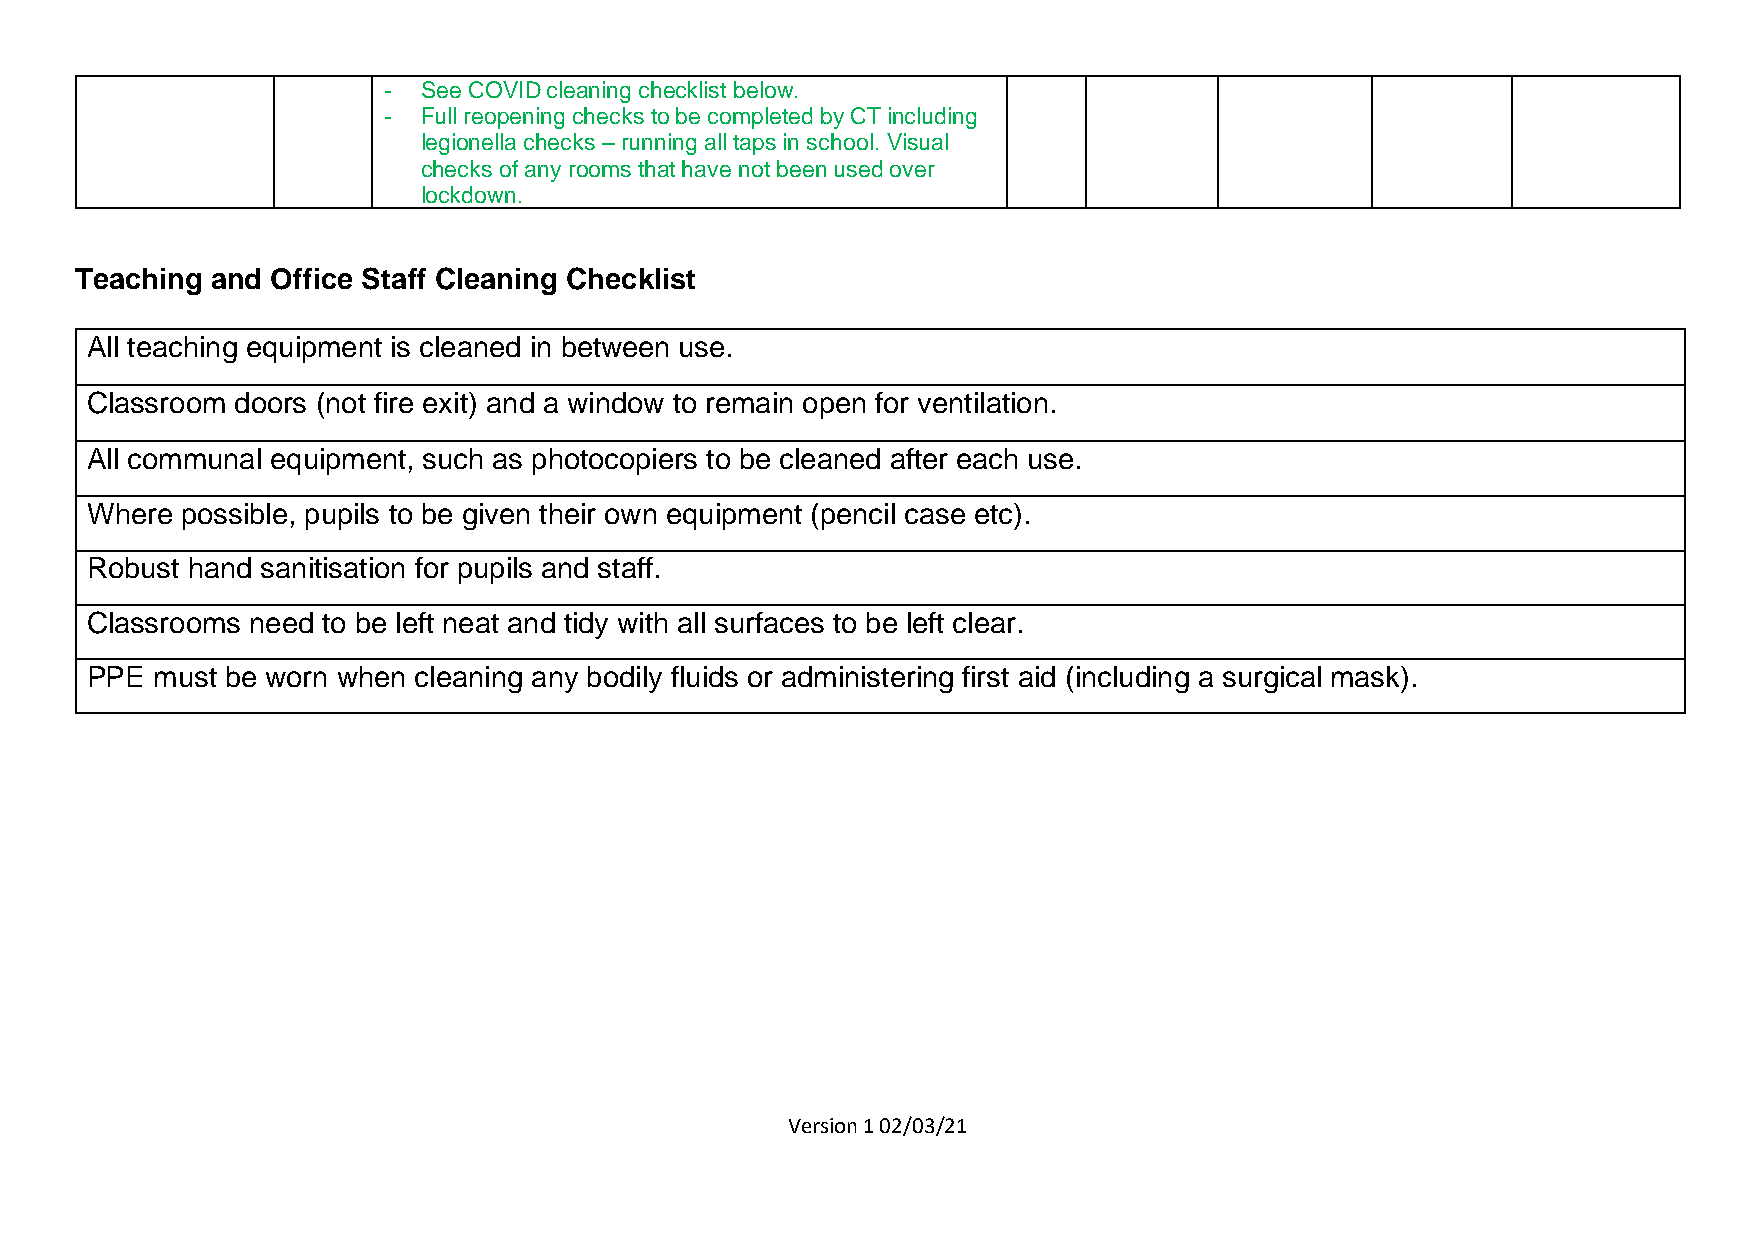
-  See COVID cleaning checklist below.
 -  Full reopening checks to be completed by CT including
 legionella checks – running all taps in school. Visual
 checks of any rooms that have not been used over
 lockdown.
 Teaching and Office Staff Cleaning Checklist
 All teaching equipment is cleaned in between use.
 Classroom doors (not fire exit) and a window to remain open for ventilation.
 All communal equipment, such as photocopiers to be cleaned after each use.
 Where possible, pupils to be given their own equipment (pencil case etc).
 Robust hand sanitisation for pupils and staff.
 Classrooms need to be left neat and tidy with all surfaces to be left clear.
 PPE must be worn when cleaning any bodily fluids or administering first aid (including a surgical mask).
 Version 1 02/03/21